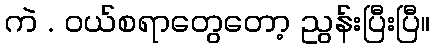
ကဲ . ဝယ်စရာတွေတော့ ညွန်းပြီးပြီ။